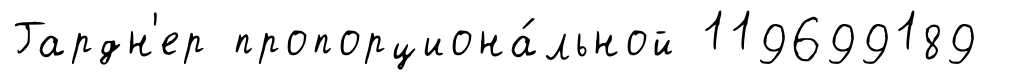
Гардн'ер пропорциона́льной 119699189